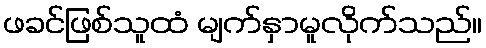
ဖခင်ဖြစ်သူထံ မျက်နှာမူလိုက်သည်။